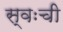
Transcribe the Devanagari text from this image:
स्वःची